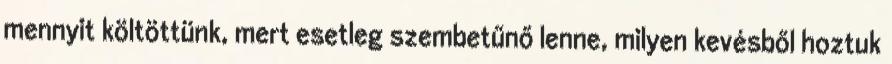
mennyit költöttünk, mert esetleg szembetűnő lenne, milyen kevésből hoztuk